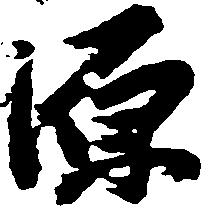
源